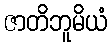
ဇာတိဘူမိယံ